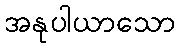
အနုပါယာသော